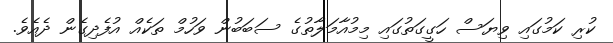
ކުރި ކަމުގައި ވިޔަސް ހަގީގަތުގައި މިމުއާމަލާތުގެ ސަބަބުން ވަހުމް ތަކެއް އުފެދިގެން ދެއެވެ.